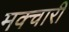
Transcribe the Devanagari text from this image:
मक्चारी